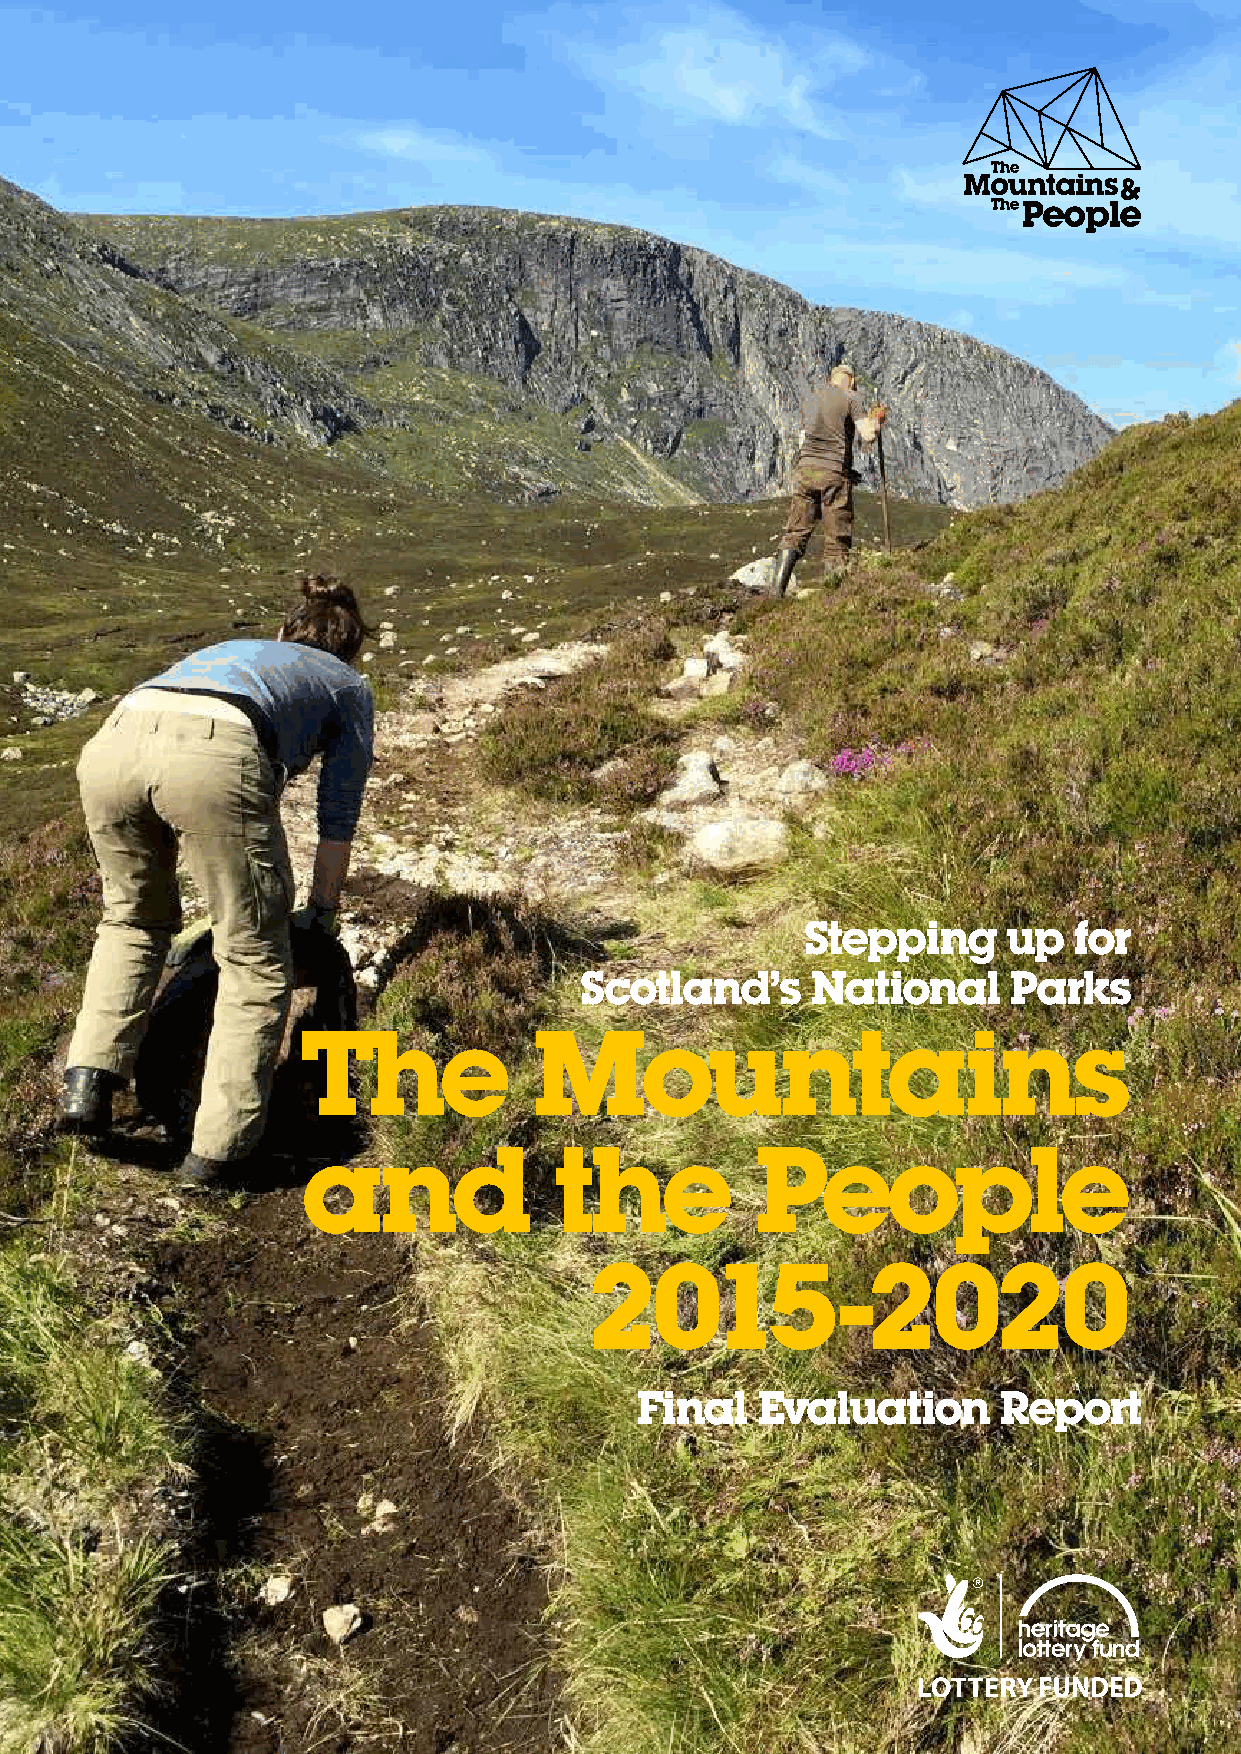
Stepping      up  for
 Scotland’s      National     Parks
 The            Mountains
 and              the          People
 2015-2020
 Final   Evaluation      Report